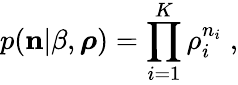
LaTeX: p({\mathbf n}|\beta,\boldsymbol{\rho})=\prod_{i=1}^{K}\rho_{i}^{n_{i}}\; ,